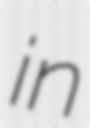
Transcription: in